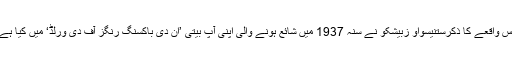
اس واقعے کا ذکرستنیسواو زبیشکو نے سنہ 1937 میں شائع ہونے والی اپنی آپ بیتی ’ان دی باکسنگ رنگز آف دی ورلڈ‘ میں کیا ہے۔